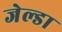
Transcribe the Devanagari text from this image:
जेल्डा